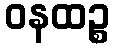
ဝနထဉ္စ